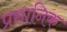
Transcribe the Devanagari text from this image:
प्रसानिक